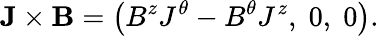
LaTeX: {\mathbf{J}}\times{\mathbf{B}}=\left({B^{z}J^{\theta}-B^{\theta}J^{z},\; 0,\; 0}\right).